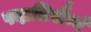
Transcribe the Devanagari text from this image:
पदातिसैन्यं